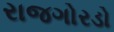
રાજગોરડો